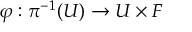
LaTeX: \varphi : \pi ^ { - 1 } ( U ) \rightarrow U \times F